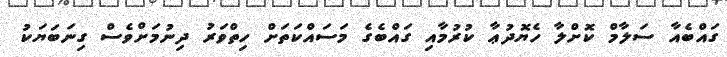
ގައްބެއާ ސަލާމް ކޮށްލާ ހެޔޮދުޢާ ކުރުމާއި ގައްބެގެ މަސައްކަތަށް ހިތްވަރު ދިނުމަށްވެސް ގިނަބަޔަކު